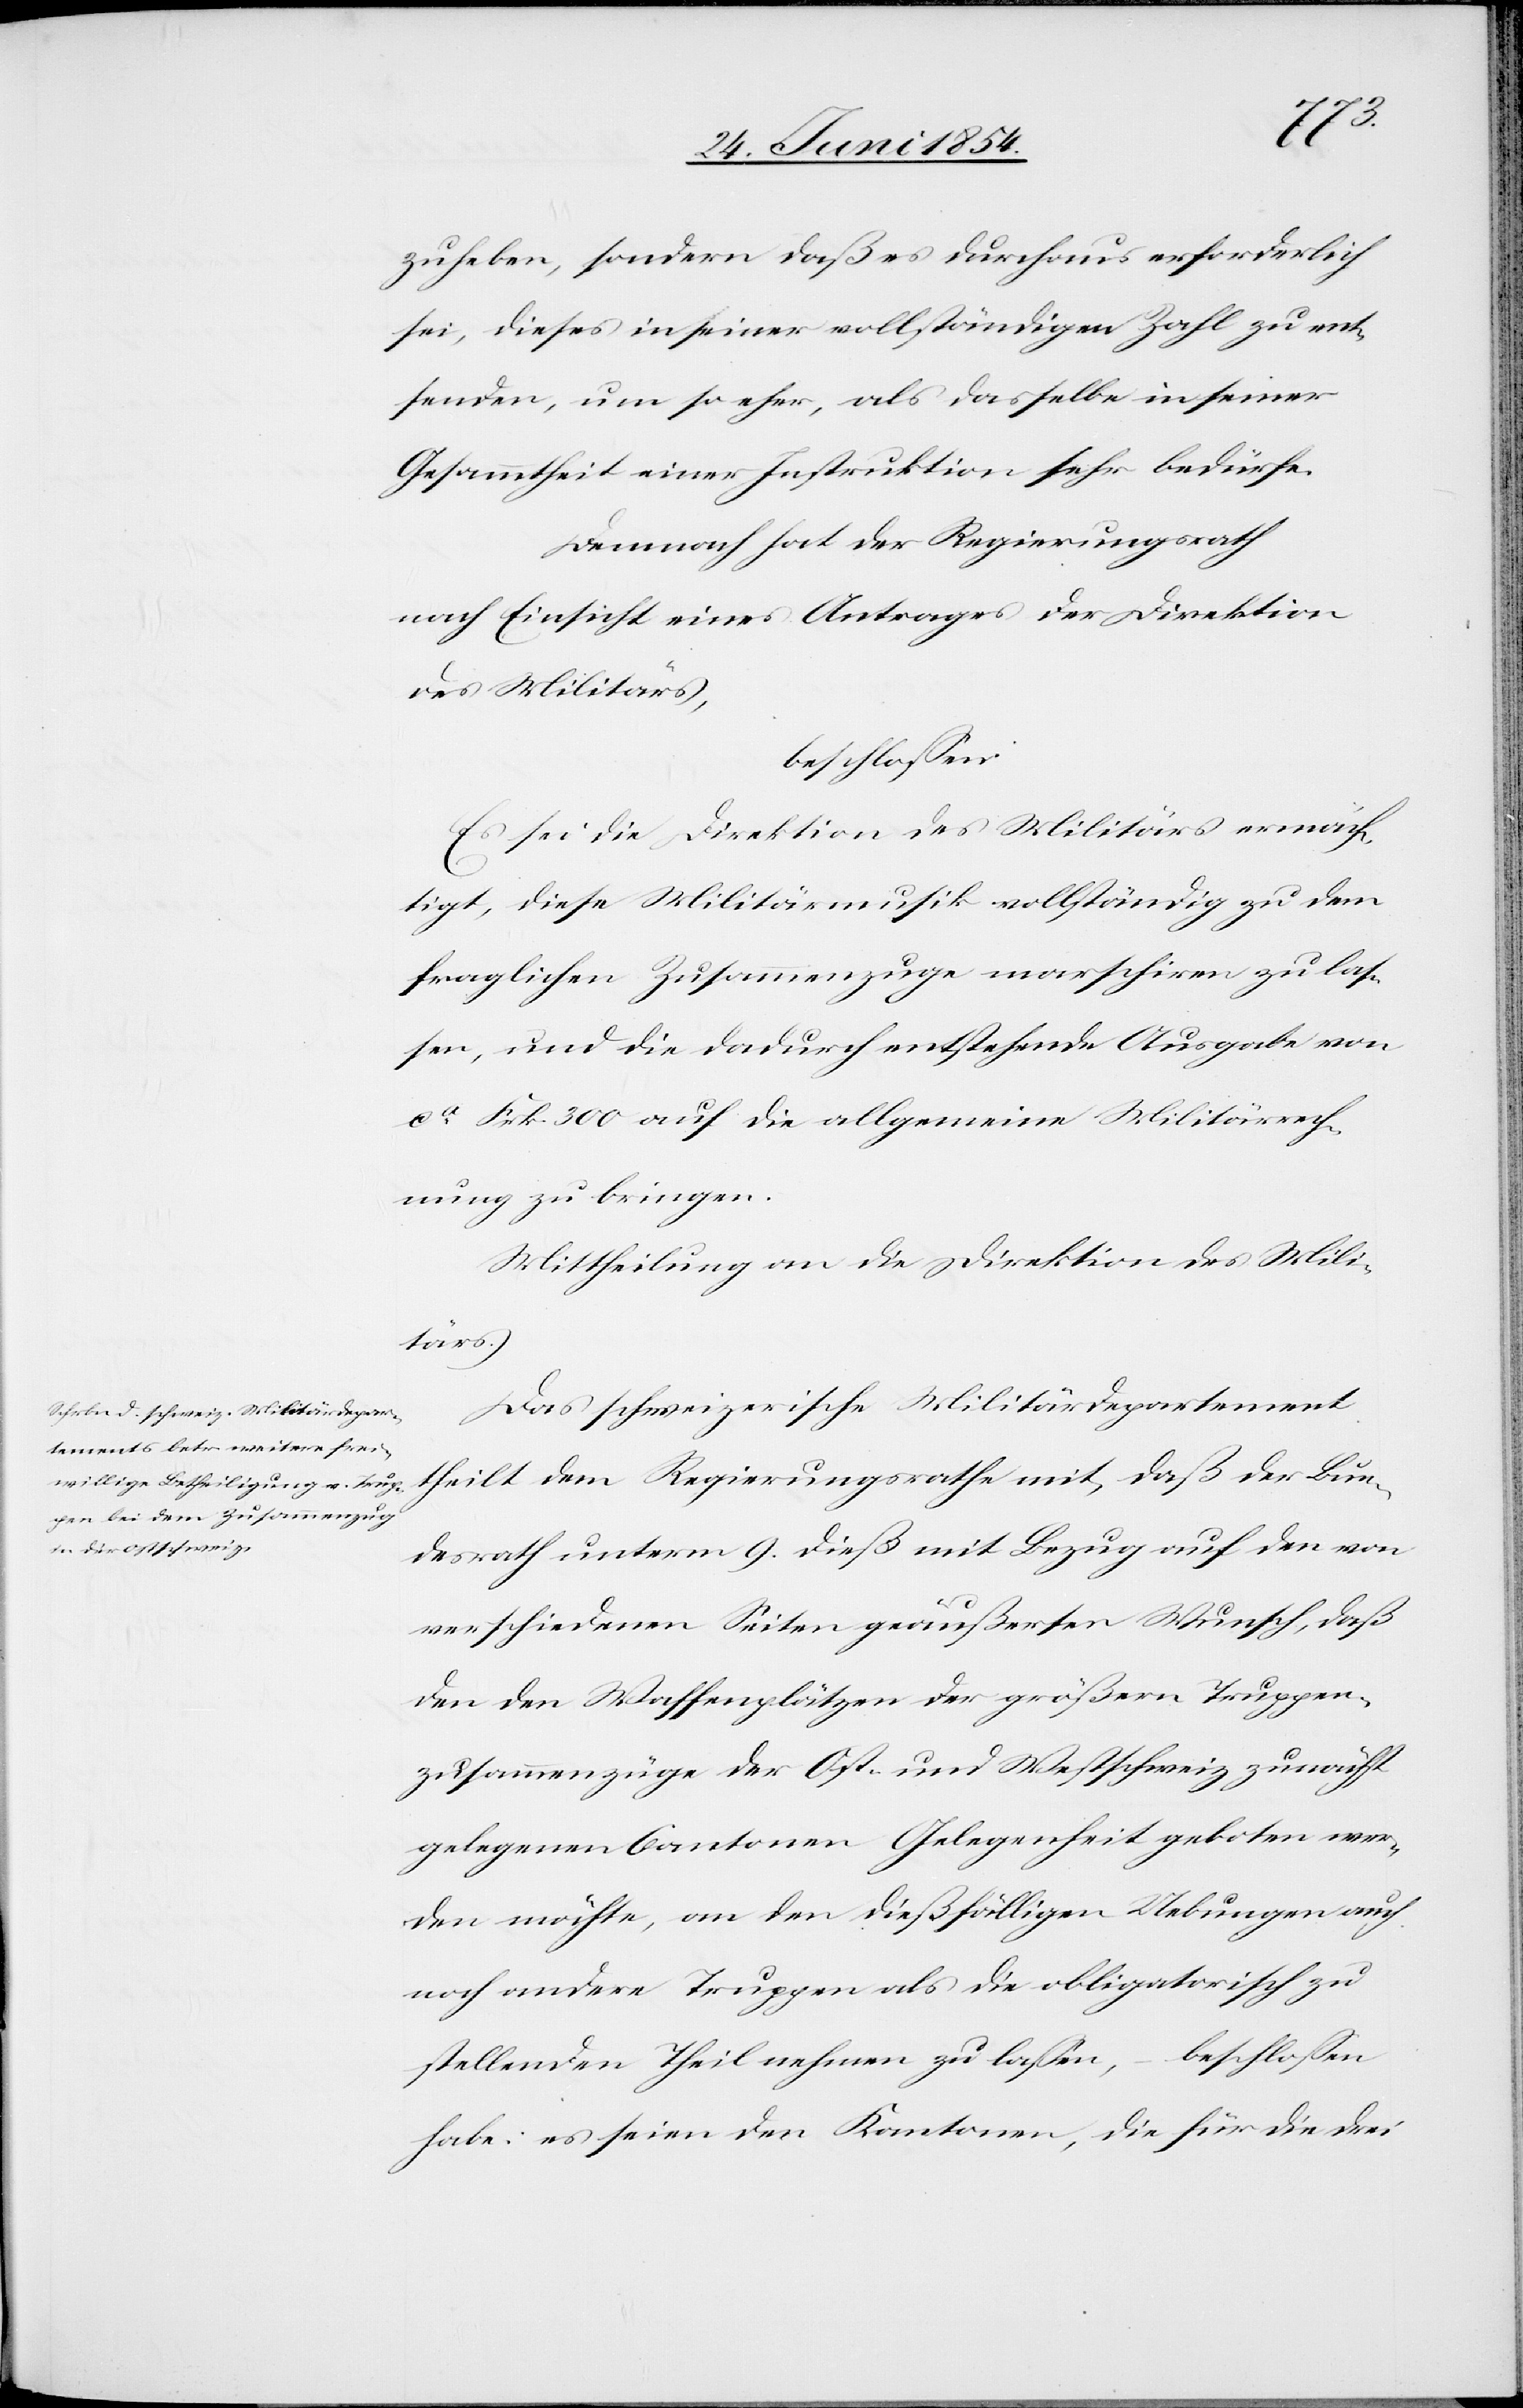
zuheben, sondern daß es durchaus erforderlich
sei, dieses in seiner vollständigen Zahl zu ent¬
senden, um so eher, als dasselbe in seiner
Gesammtheit einer Instruktion sehr bedürfe.
Demnach hat der Regierungsrath
nach Einsicht eines Antrages der Direktion
des Militärs,
beschloßen:
Es sei die Direktion des Militärs ermäch¬
tigt, diese Militärmusik vollständig zu dem
fraglichen Zusammenzuge marschiren zu laß¬
en, und die dadurch entstehende Ausgabe von
ca Frk. 300 auf die allgemeine Militärrech¬
nung zu bringen.
Mittheilung an die Direktion des Mili¬
tärs.
Das schweizerische Militärdepartement
theilt dem Regierungsrathe mit, daß der Bun¬
desrath unterm 9. dieß mit Bezug auf den von
verschiedenen Seiten geäußerten Wunsch, daß
den den Waffenplätzen der größern Truppen¬
zusammenzüge der Ost- und Westschweiz zunächst
gelegenen Cantonen Gelegenheit geboten wer¬
den möchte, an den dießfälligen Uebungen auch
noch andere Truppen als die obligatorisch zu
stellenden Theil nehmen zu laßen, – beschloßen
habe: es seien den Kantonen, die für die drei